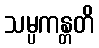
သမ္ပကန္တတိ